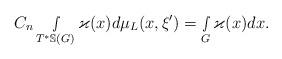
LaTeX: \begin{align*} C_n \smallint\limits_{T^*\mathbb{S}(G)}\varkappa(x)d\mu_L(x,\xi')=\smallint\limits_{G}\varkappa(x)dx.\end{align*}